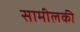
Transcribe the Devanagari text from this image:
सामीलकी